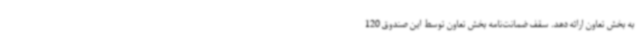
به بخش تعاون ارائه دهد. سقف ضمانت‌نامه بخش تعاون توسط این صندوق 120